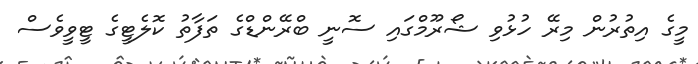
މީގެ އިތުރުން މިރޭ ހުޅުވި ޝޯރޫމްގައި ސޮނީ ބްރޭންޑްގެ ތަފާތު ކޮލެޓީގެ ޓީވީވެސް